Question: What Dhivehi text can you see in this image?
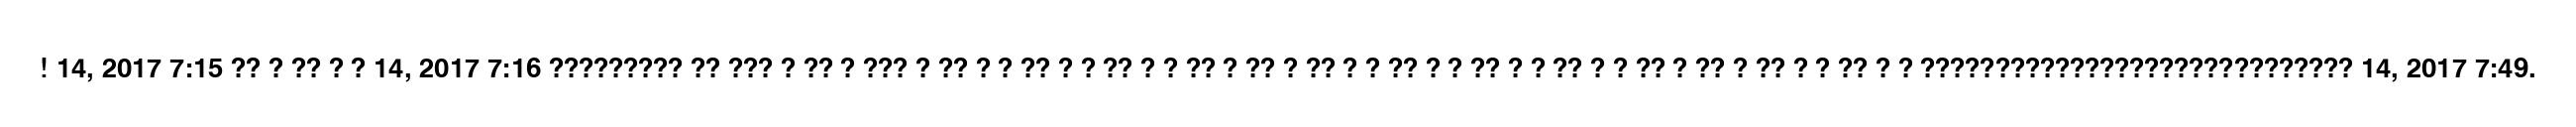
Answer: ! 14, 2017 7:15 ?? ? ?? ? ? 14, 2017 7:16 ????????? ?? ??? ? ?? ? ??? ? ?? ? ? ?? ? ? ?? ? ? ?? ? ?? ? ?? ? ? ?? ? ? ?? ? ? ?? ? ? ?? ? ?? ? ?? ? ? ?? ? ? ????????????????????????????? 14, 2017 7:49.